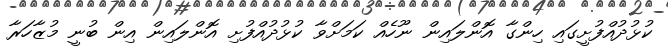
ކުޅުދުއްފުށީގައި ހިންގާ އޮންލައިން ނޫހެއް ކަަމަށްވާ ކުޅުދުއްފުށި އޮންލައިން އިން ބުނީ މުޒާހަރާ